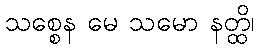
သစ္စေန မေ သမော နတ္ထိ၊